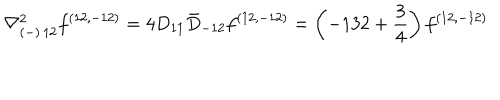
{ \nabla _ { ( - ) \, 1 2 } ^ { 2 } f ^ { ( 1 2 , - 1 2 ) } = 4 D _ { 1 1 } \bar { D } _ { - 1 2 } f ^ { ( 1 2 , - 1 2 ) } = \left( - 1 3 2 + { \frac { 3 } { 4 } } \right) f ^ { ( 1 2 , - 1 2 ) } }